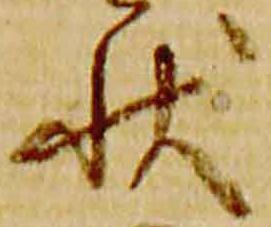
状